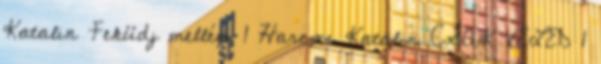
Katalin Feküdj mellém 1 Harcos Katalin CSAK VELED 1